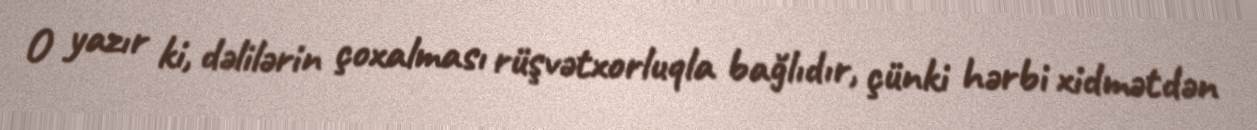
O yazır ki, dəlilərin çoxalması rüşvətxorluqla bağlıdır, çünki hərbi xidmətdən